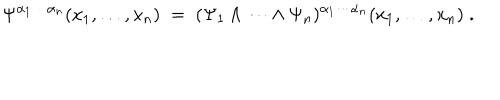
\Psi ^ { \alpha _ { 1 } \cdots \alpha _ { n } } ( x _ { 1 } , \ldots , x _ { n } ) \; = \; ( \Psi _ { 1 } \wedge \cdots \wedge \Psi _ { n } ) ^ { \alpha _ { 1 } \cdots \alpha _ { n } } ( x _ { 1 } , \ldots , x _ { n } ) \; .